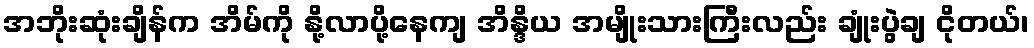
အဘိုးဆုံးချိန်က အိမ်ကို နို့လာပို့နေကျ အိန္ဒိယ အမျိုးသားကြီးလည်း ချုံးပွဲချ ငိုတယ်၊